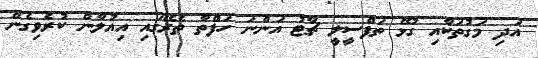
އަދި މަގުތަކާއި ގުޅޭ ތަފްސީލީ ޗާޓު އަންނަ ހަފްތާ ތެރޭގައި އިއުލާން ކުރެވިގެން